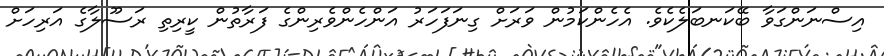
އިސްނަންގަވާ ބޭކަނބަލެކެވެ. އެހެންކަމުން ވަރަށް ގިނަފަހަރު އަންހެންވެރިންގެ ފަރާތުން ކީރިތި ރަސޫލާގެ އަރިހަށް